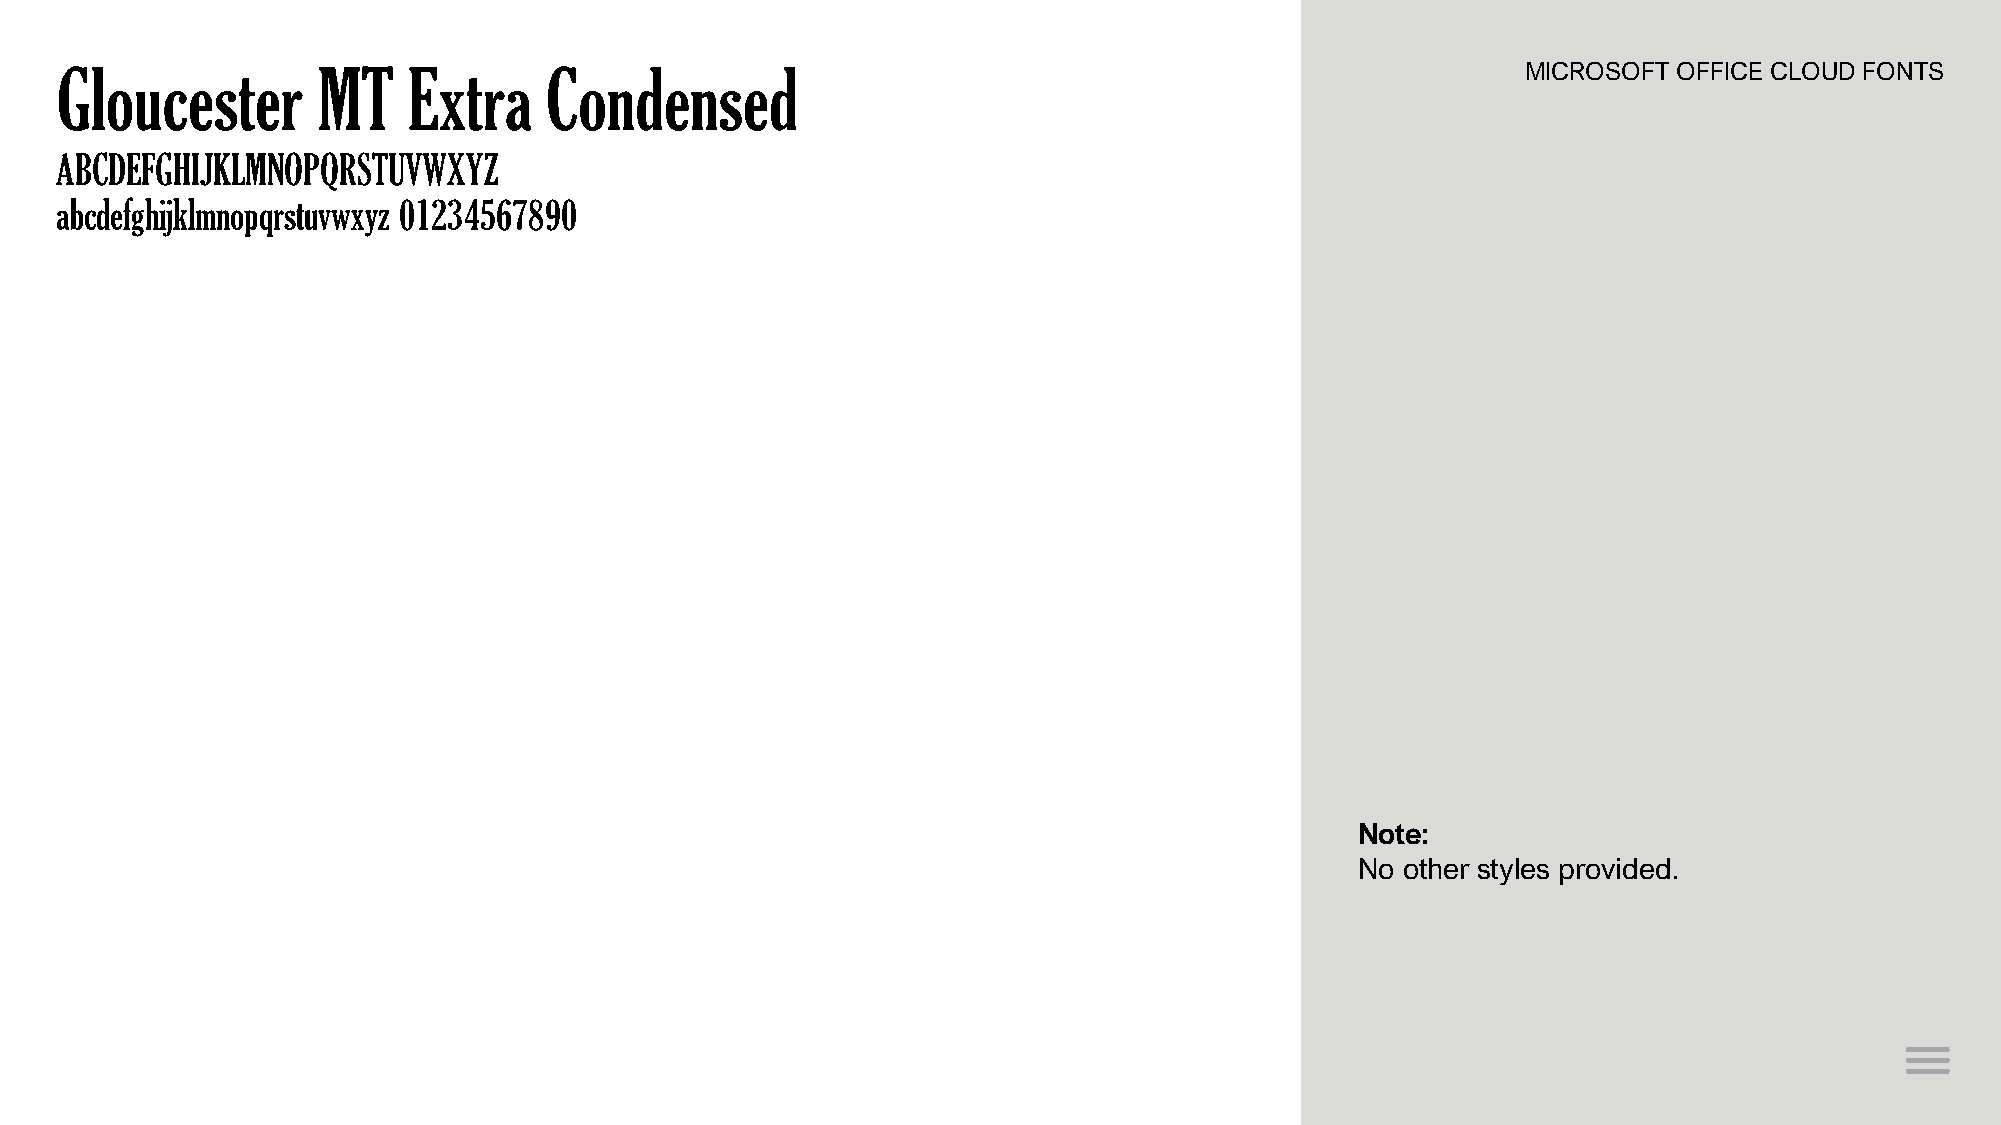
Gloucester       MT    Extra    Condensed                                                        MICROSOFT OFFICE CLOUD FONTS
 ABCDEFGHIJKLMNOPQRSTUVWXYZ
 abcdefghijklmnopqrstuvwxyz 01234567890
 Note:
 No other styles provided.